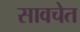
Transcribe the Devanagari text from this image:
सावचेत